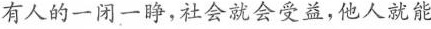
有人的一闭一睁，社会就会受益，他人就能